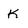
Character: K